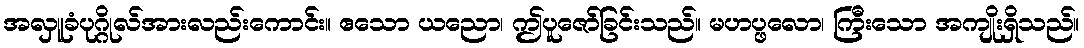
အလှူခံပုဂ္ဂိုလ်အားလည်းကောင်း။ ဧသော ယညော၊ ဤပူဇော်ခြင်းသည်။ မဟပ္ဖလော၊ ကြီးသော အကျိုးရှိသည်။